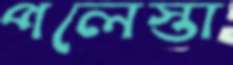
পলেস্তা